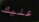
عليك